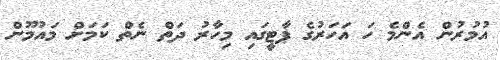
އުމުރުން އެންމެ ހަ އަހަރުގެ ޕާޓީގައި މިހާރު ދަތް ނެތް ކަމަށް މައުމޫން